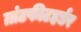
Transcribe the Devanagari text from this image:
ग्रांटफीटहर्डर